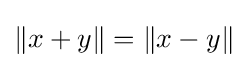
{\textstyle \|x+y\|=\|x-y\|}